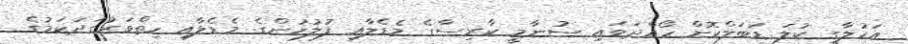
އަހުލާގީ ކުލަ ޑަބަލްކޮށް ހޯއްދަވައި ސުނާމީ ކާރިސާގެ މެޑެލާއި ފުލުހުންގެ މެޑެލާއި ހިތްވަރުގަދަކަމުގެ